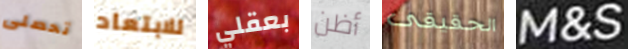
تحصلى للابتعاد بعقلي أظن الحقيقى M&S